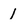
Character: 1